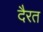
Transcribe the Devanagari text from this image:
दैरत